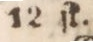
12 ſk.